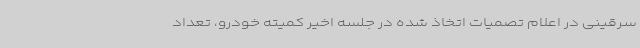
سرقینی در اعلام تصمیات اتخاذ شده در جلسه اخیر کمیته خودرو، تعداد